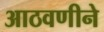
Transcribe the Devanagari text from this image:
आठवणीने